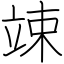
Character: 竦